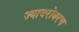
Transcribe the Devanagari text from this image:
ज्याबरोबरच